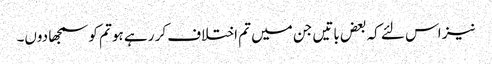
نیز اس لئے کہ بعض باتیں جن میں تم اختلاف کر رہے ہو تم کو سمجھا دوں۔